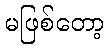
မဖြစ်တော့